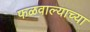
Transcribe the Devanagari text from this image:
फळवाल्याच्या